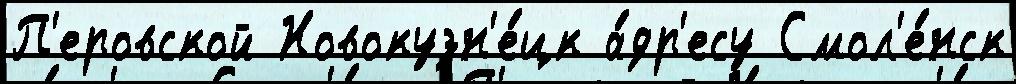
П'еровской Новокузн'е́цк а́др'есу Смол'е́нск